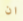
ان